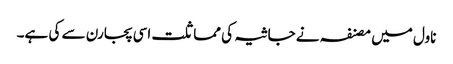
ناول میں مصنفہ نے جاثیہ کی مماثلت اسی پجارن سے کی ہے۔